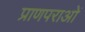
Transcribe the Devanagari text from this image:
प्राणपराओं